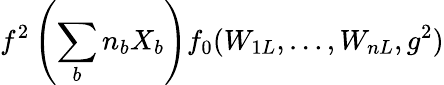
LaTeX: f^{2}\left(\sum_{b}n_{b}X_{b}\right)f_{0}(W_{1L},\ldots,W_{nL},g^{2})